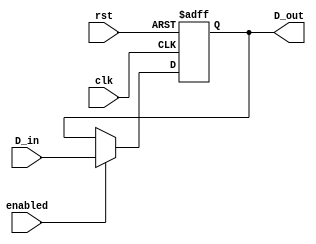
module Fetch (input clk,enabled,rst, input [7:0]D_in, output [7:0]D_out); 

  wire clk,enabled,rst; 
  wire [7:0]D_in;
  reg [7:0]D_out=0;

  always @ (posedge clk or posedge rst)
    begin
      if(rst) 
        begin           
          D_out <= 0;
        end
      else if (enabled) 
        begin    
          D_out <= D_in;
        end
    end

endmodule